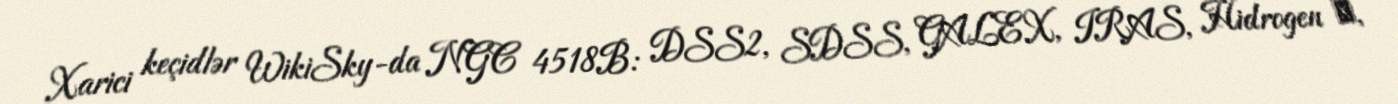
Xarici keçidlər WikiSky-da NGC 4518B: DSS2, SDSS, GALEX, IRAS, Hidrogen α,